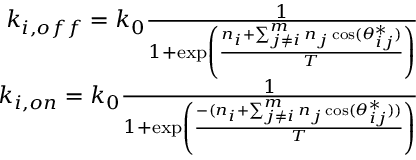
\begin{array} { r } { k _ { i , o f f } = k _ { 0 } \frac { 1 } { 1 + \exp \left( \frac { n _ { i } + \sum _ { j \neq i } ^ { m } n _ { j } \cos ( \theta _ { i j } ^ { * } ) } { T } \right) } } \\ { k _ { i , o n } = k _ { 0 } \frac { 1 } { 1 + \exp \left( \frac { - ( n _ { i } + \sum _ { j \neq i } ^ { m } n _ { j } \cos ( \theta _ { i j } ^ { * } ) ) } { T } \right) } } \end{array}